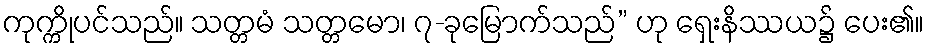
ကုက္ကိုပင်သည်။ သတ္တမံ သတ္တမော၊ ၇-ခုမြောက်သည်” ဟု ရှေးနိဿယ၌ ပေး၏။